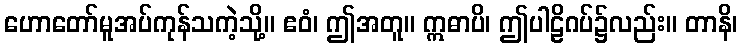
ဟောတော်မူအပ်ကုန်သကဲ့သို့။ ဧဝံ၊ ဤအတူ။ ဣဓာပိ၊ ဤပါဠိဂပ်၌လည်း။ တာနိ၊